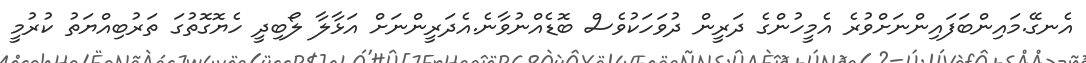
އެނގޭ.މައިންބަފައިންނަށްވުރެ އެމީހުންގެ ދަރީން ދުވަހަކުވެސް ބޮޑެއްނުވާނެ.އެދަރީންނަށް އަޅާލާ ލޯބިދީ ހެޔޮގޮތުގަ ތަރުބިއްޔަތު ކުރުމީ